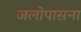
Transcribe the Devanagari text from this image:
जलोपासना